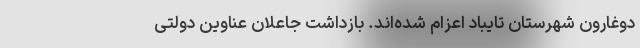
دوغارون شهرستان تایباد اعزام شده‌اند. بازداشت جاعلان عناوین دولتی